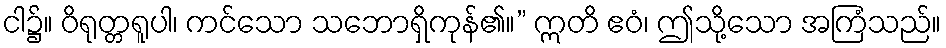
ငါ၌။ ဝိရုတ္တရူပါ၊ ကင်သော သဘောရှိကုန်၏။” ဣတိ ဧဝံ၊ ဤသို့သော အကြံသည်။